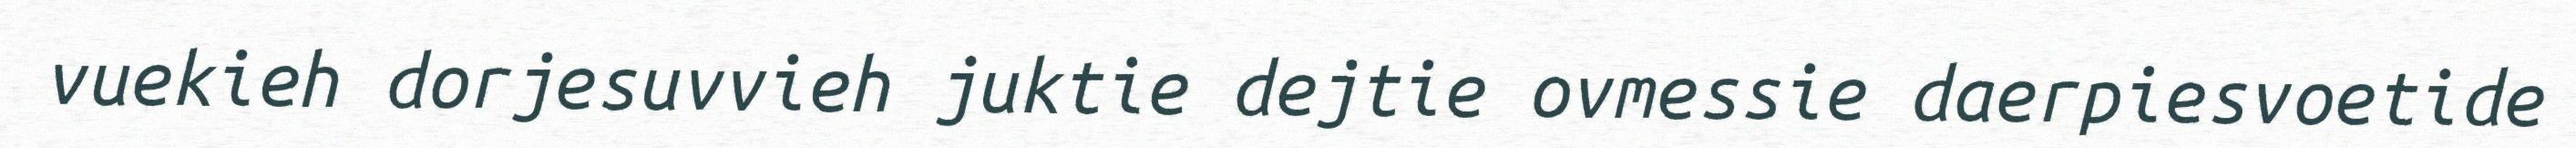
vuekieh dorjesuvvieh juktie dejtie ovmessie daerpiesvoetide